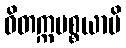
ဝိတက္ကပစ္စယာပိ